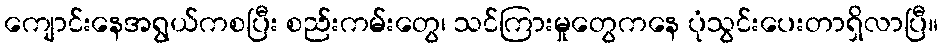
ကျောင်းနေအရွယ်ကစပြီး စည်းကမ်းတွေ၊ သင်ကြားမှုတွေကနေ ပုံသွင်းပေးတာရှိလာပြီ။